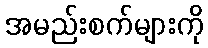
အမည်းစက်များကို